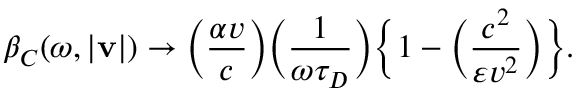
\beta _ { C } ( \omega , | { \bf v } | ) \to \Big ( { \frac { \alpha v } { c } } \Big ) \Big ( { \frac { 1 } { \omega \tau _ { D } } } \Big ) \Big \{ 1 - \Big ( { \frac { c ^ { 2 } } { \varepsilon v ^ { 2 } } } \Big ) \Big \} .